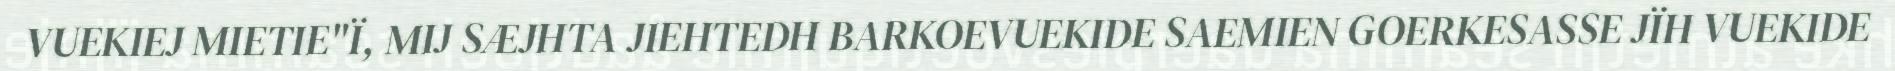
VUEKIEJ MIETIE"Ï, MIJ SÆJHTA JIEHTEDH BARKOEVUEKIDE SAEMIEN GOERKESASSE JÏH VUEKIDE